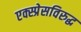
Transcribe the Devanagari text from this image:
एक्स्प्रेसविरुद्ध